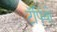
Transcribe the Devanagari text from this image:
टॅपियो